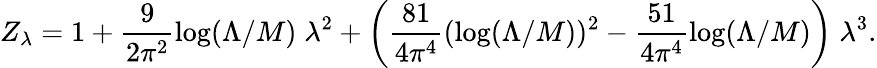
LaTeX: Z_{\lambda}=1+\frac{9}{2\pi^{2}}\log(\Lambda/M)\; \lambda^{2}+\left(\frac{81}{4\pi^{4}}(\log(\Lambda/M))^{2}-\frac{51}{4\pi^{4}}\log(\Lambda/M)\right)\; \lambda^{3}.